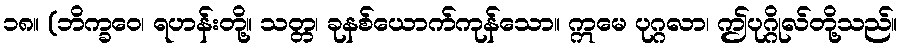
၁၈။ (ဘိက္ခဝေ၊ ရဟန်းတို့။ သတ္တ၊ ခုနစ်ယောက်ကုန်သော။ ဣမေ ပုဂ္ဂလာ၊ ဤပုဂ္ဂိုလ်တို့သည်။